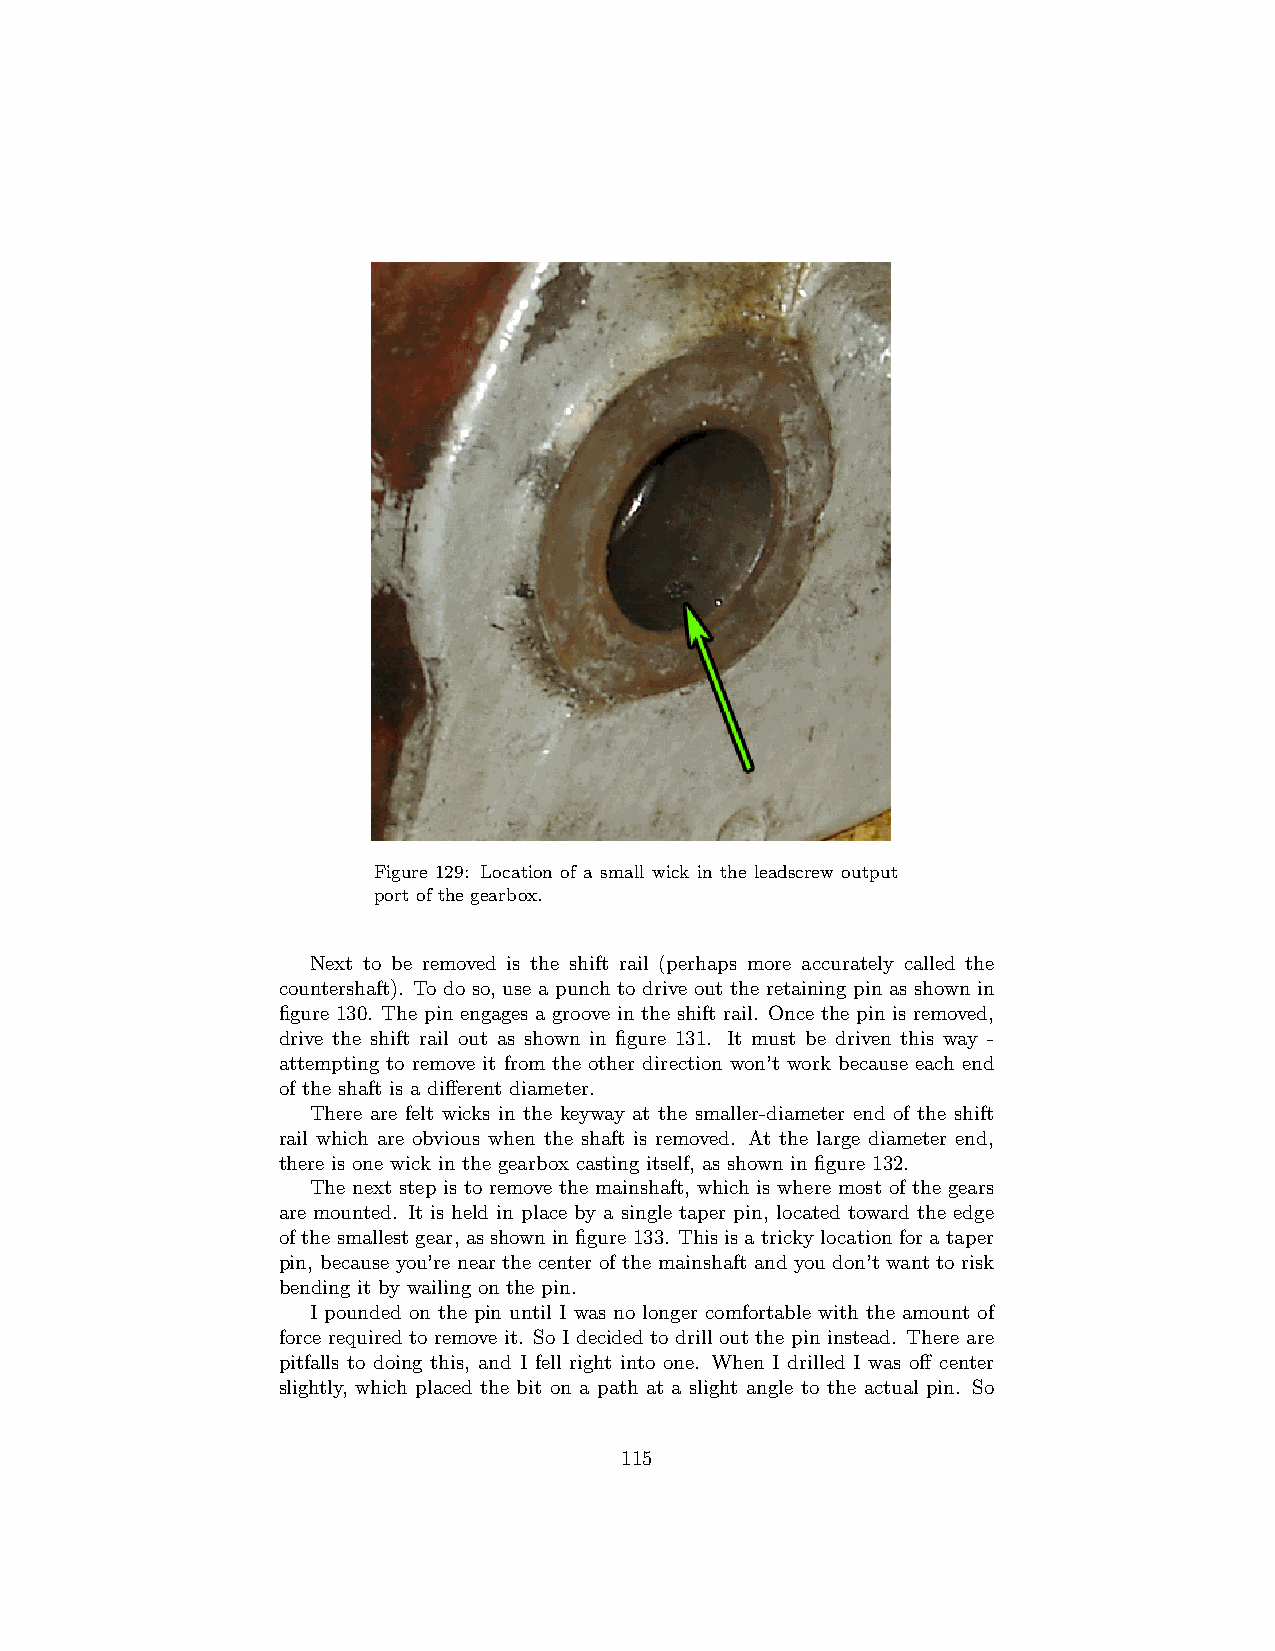
Figure 129: Location of a small wick in the leadscrew output
 port of the gearbox.
 Next to be removed is the shift rail (perhaps more accurately called the
 countershaft). To do so, use a punch to drive out the retaining pin as shown in
 figure 130. The pin engages a groove in the shift rail. Once the pin is removed,
 drive the shift rail out as shown in figure 131. It must be driven this way -
 attempting to remove it from the other direction won’t work because each end
 of the shaft is a different diameter.
 There are felt wicks in the keyway at the smaller-diameter end of the shift
 rail which are obvious when the shaft is removed. At the large diameter end,
 there is one wick in the gearbox casting itself, as shown in figure 132.
 The next step is to remove the mainshaft, which is where most of the gears
 are mounted. It is held in place by a single taper pin, located toward the edge
 ofthesmallestgear, asshowninfigure133. Thisisatrickylocationforataper
 pin, because you’re near the center of the mainshaft and you don’t want to risk
 bending it by wailing on the pin.
 I pounded on the pin until I was no longer comfortable with the amount of
 force required to remove it. So I decided to drill out the pin instead. There are
 pitfalls to doing this, and I fell right into one. When I drilled I was off center
 slightly, which placed the bit on a path at a slight angle to the actual pin. So
 115